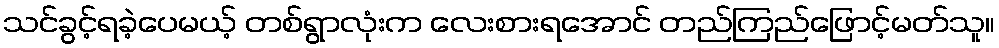
သင်ခွင့်ရခဲ့ပေမယ့် တစ်ရွာလုံးက လေးစားရအောင် တည်ကြည်ဖြောင့်မတ်သူ။